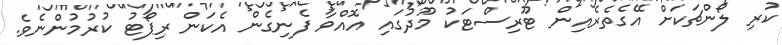
ކުރި ލޯންޗަކަށް އޭގެތެރެއިން ޓޫރިސްޓަކު މޫދުގައި އޮއްވާ ފެނިގެން އެކަން ރިޕޯޓު ކުރުމުންނެވެ.